画像に写った文字を読んでください
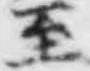
「至」と書いてあります